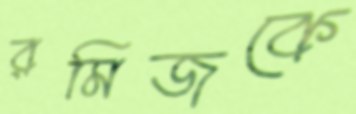
রমিজকে